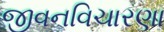
જીવનવિચારણા